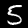
Label: 5